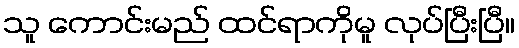
သူ ကောင်းမည် ထင်ရာကိုမူ လုပ်ပြီးပြီ။